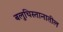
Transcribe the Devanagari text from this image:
बलुचिस्तानातील